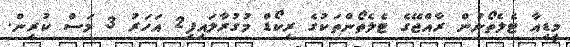
މީޑިއާ ޓެލެތޯނުން ރާއްޖޭގެ ޓެލެތޯންތަކުގެ ރިކޯޑް މުގުރާލައިފި2 އަހަރު 3 މަސް ކުރިން.